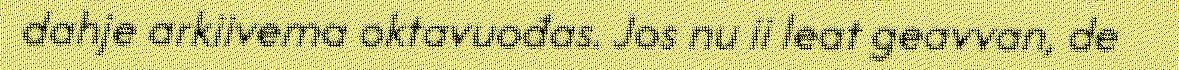
dahje arkiivema oktavuođas. Jos nu ii leat geavvan, de